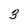
Character: 3